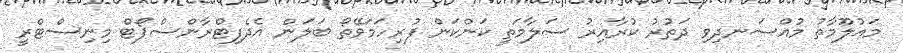
މައުލޫމާތު މުއްސަނދިވި ދަތުރު ކުރާއިރު ސަލާމަތީ ކަންކަން ފުރިހަމަވޭތޯ ބަލަން އެދެފިޓްރާންސްޕޯޓް މިނިސްޓްރީ